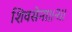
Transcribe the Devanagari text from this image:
शिवसेना।।२।।